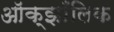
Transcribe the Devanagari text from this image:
ऑक्झाँलिक